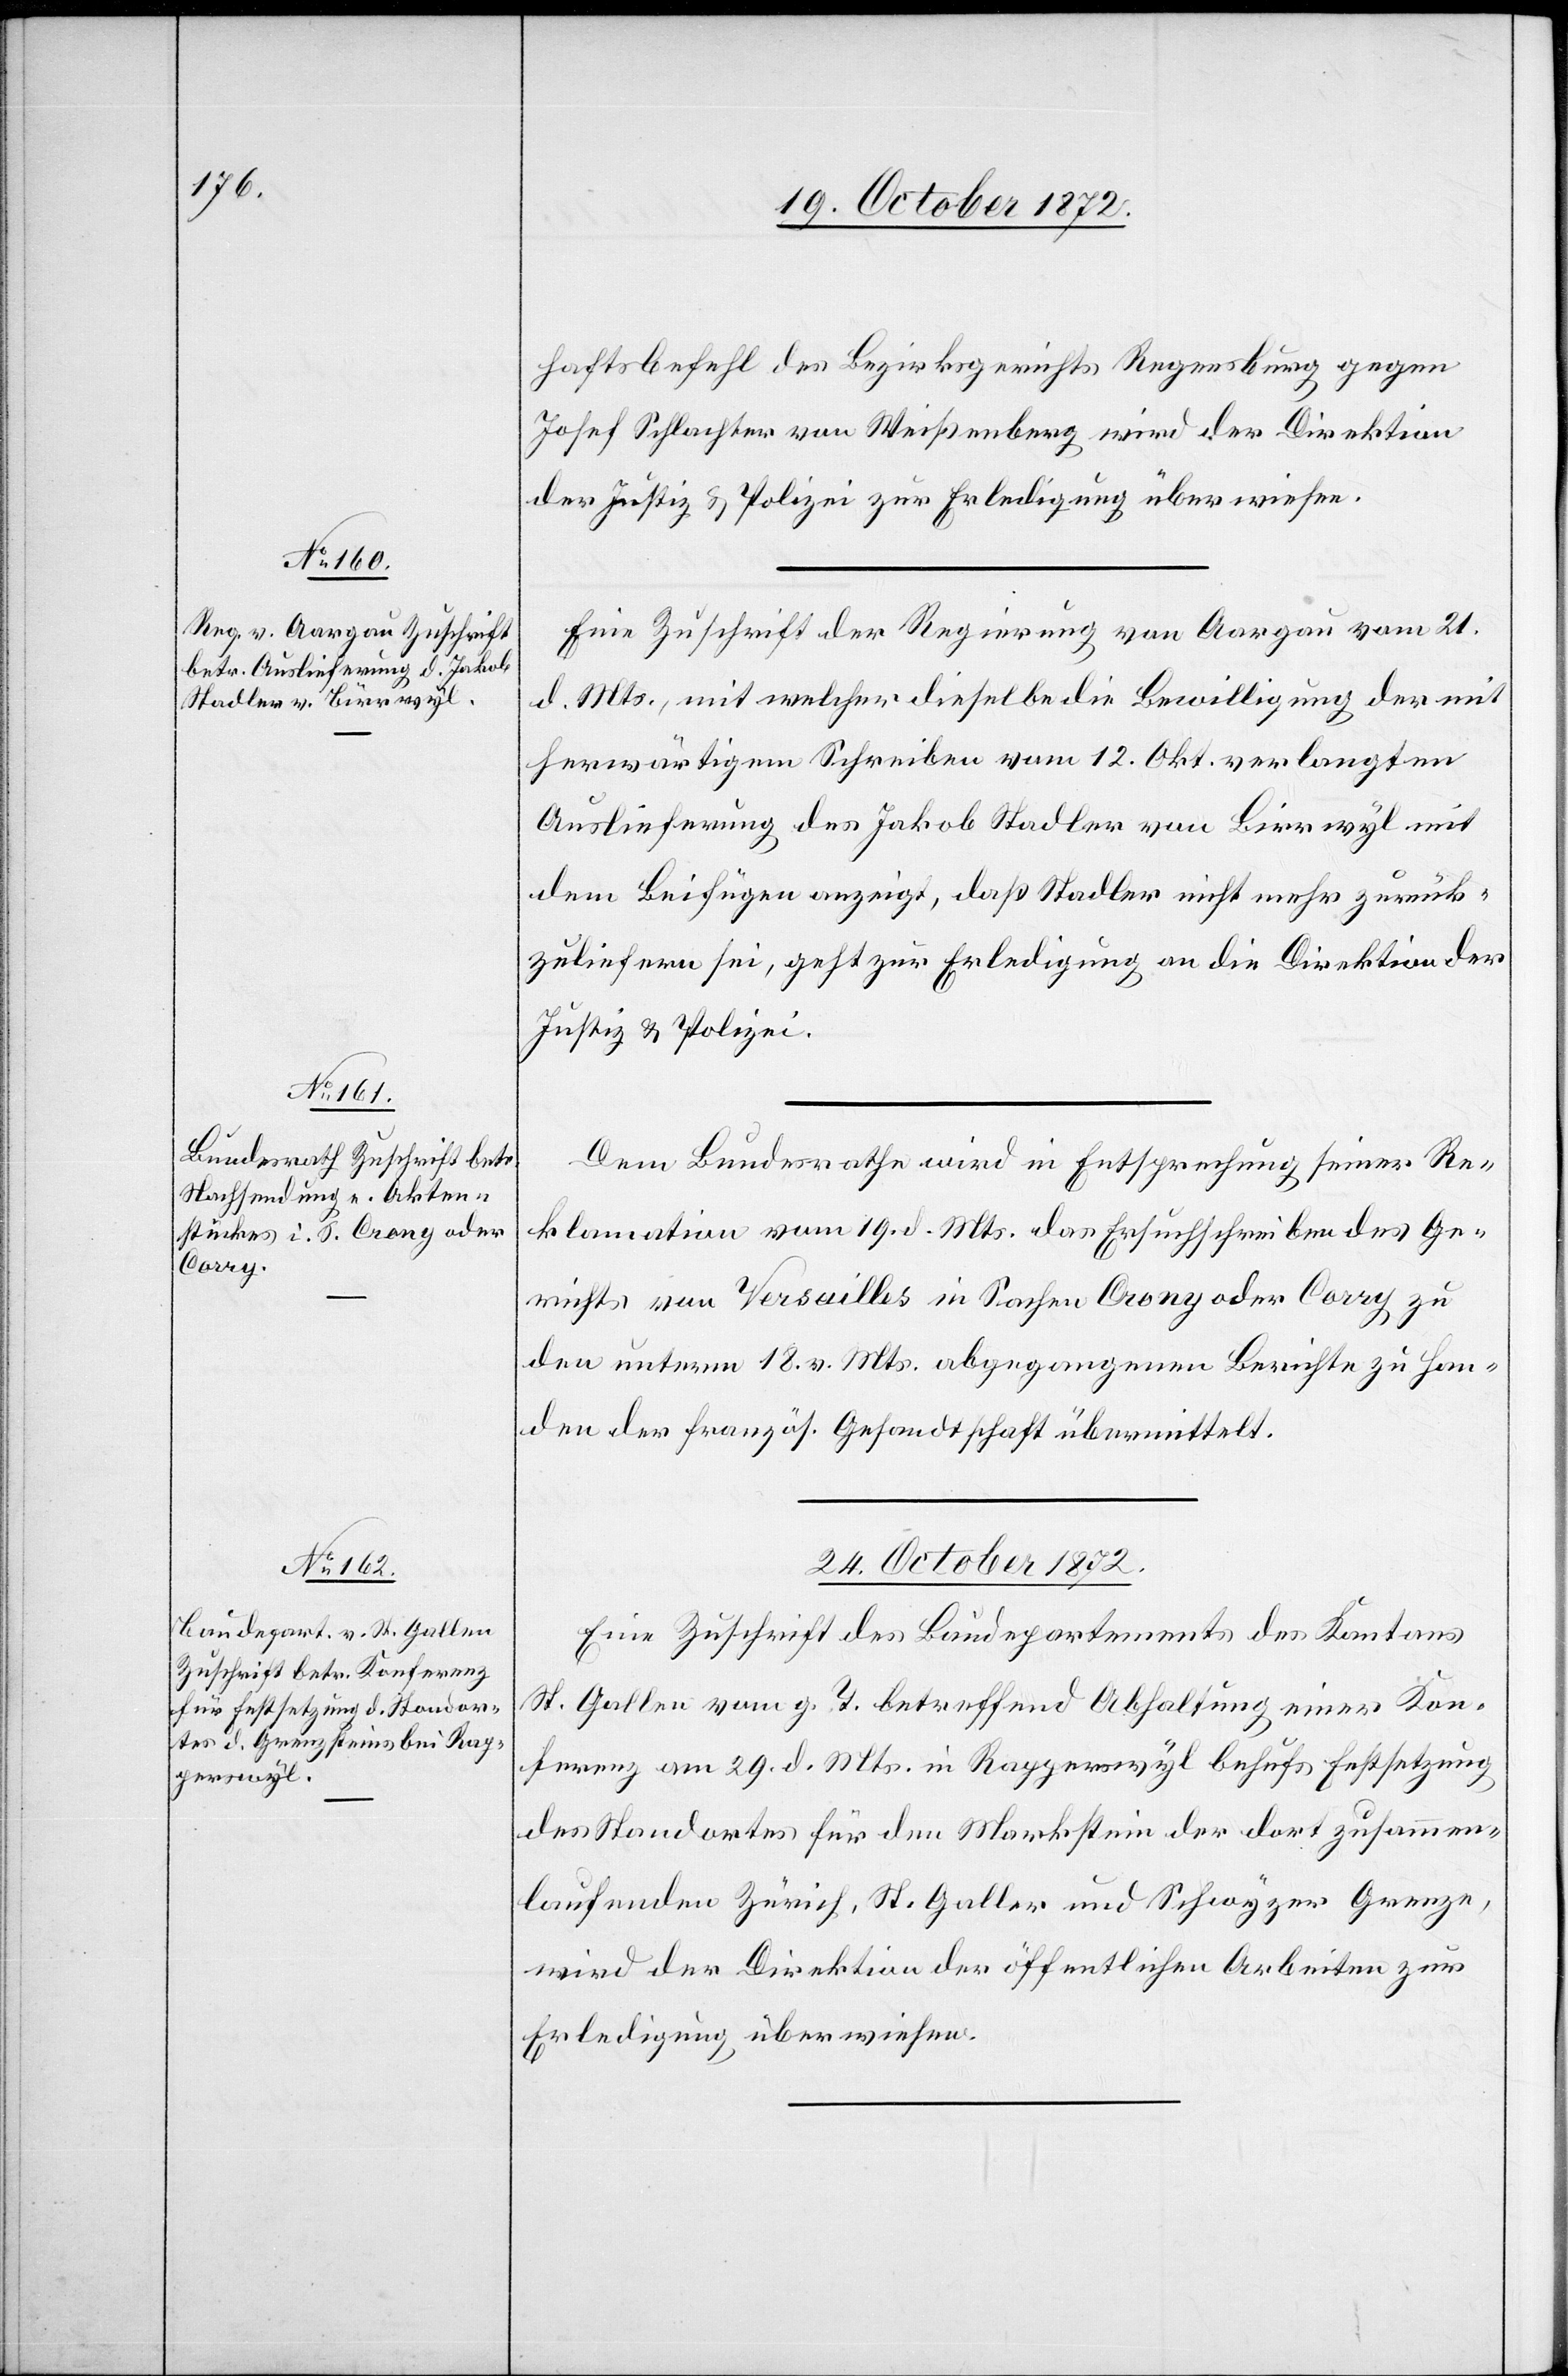
23. October 1872.]
haftsbefehl des Bezirksgerichts Regensburg gegen
Josef Schlachter von Weißenberg wird der Direktion
der Justiz u. Polizei zur Erledigung überwiesen.
Eine Zuschrift der Regierung von Aargau vom 21.
d. Mts., mit welcher dieselbe die Bewilligung der mit
herwärtigem Schreiben vom 12. Okt. verlangten
Auslieferung des Jakob Stadler von Birrwyl mit
dem Beifügen anzeigt, daß Stadler nicht mehr zurück¬
zuliefern sei, geht zur Erledigung an die Direktion der
Justiz u. Polizei.
Dem Bundesrathe wird in Entsprechung seiner Re¬
klamation vom 19. d. Mts. das Ersuchschreiben des Ge¬
richts von Versailles in Sachen Crony oder Corry zu
den unterm 18. v. Mts. abgegangenen Berichte zu Han¬
den des französ. Gesandtschaft übermittelt.
24. October 1872.
Eine Zuschrift des Baudepartements des Kantons
St. Gallen vom g. T. betreffend Abhaltung einer Kon¬
ferenz am 29. d. Mts. in Rapperswyl behufs Festsetzung
des Standortes für den Markstein der dort zusammen¬
laufenden Zürich, St. Gallen und Schwyzer Grenze,
wird der Direktion der öffentlichen Arbeiten zur
Erledigung überwiesen.